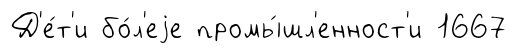
Д'е́т'и бо́л'еjе промы́шл'енност'и 1667